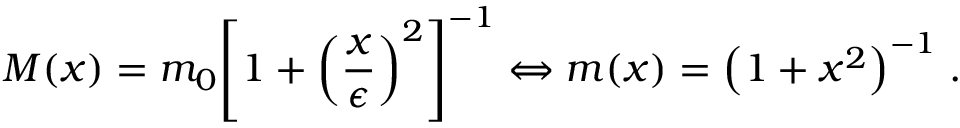
M ( x ) = m _ { 0 } { \left[ 1 + { \left( \frac { x } { \epsilon } \right) } ^ { 2 } \right] } ^ { - 1 } \Leftrightarrow m ( x ) = { \left( 1 + x ^ { 2 } \right) } ^ { - 1 } \; .